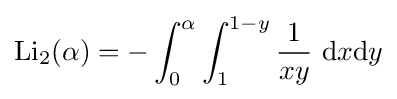
{\text{Li}}_{2}(\alpha )=-\int _{0}^{\alpha }\int _{1}^{1-y}{\frac {1}{xy}}\ \mathrm {d} x\mathrm {d} y